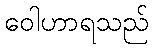
ဝေါဟာရသည်